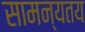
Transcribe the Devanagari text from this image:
सामन्यतय